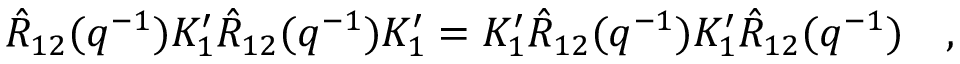
\hat { R } _ { 1 2 } ( q ^ { - 1 } ) K _ { 1 } ^ { \prime } \hat { R } _ { 1 2 } ( q ^ { - 1 } ) K _ { 1 } ^ { \prime } = K _ { 1 } ^ { \prime } \hat { R } _ { 1 2 } ( q ^ { - 1 } ) K _ { 1 } ^ { \prime } \hat { R } _ { 1 2 } ( q ^ { - 1 } ) \quad ,